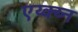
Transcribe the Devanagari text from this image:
एय्क्य्न